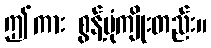
ဤကား စွန့်ပုံကျိုးတည်း။